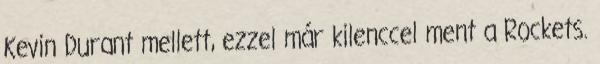
Kevin Durant mellett, ezzel már kilenccel ment a Rockets.